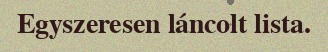
Egyszeresen láncolt lista.